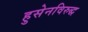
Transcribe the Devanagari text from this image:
हुसेनविरुद्ध